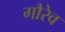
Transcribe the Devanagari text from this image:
गौरेव